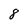
Character: 8